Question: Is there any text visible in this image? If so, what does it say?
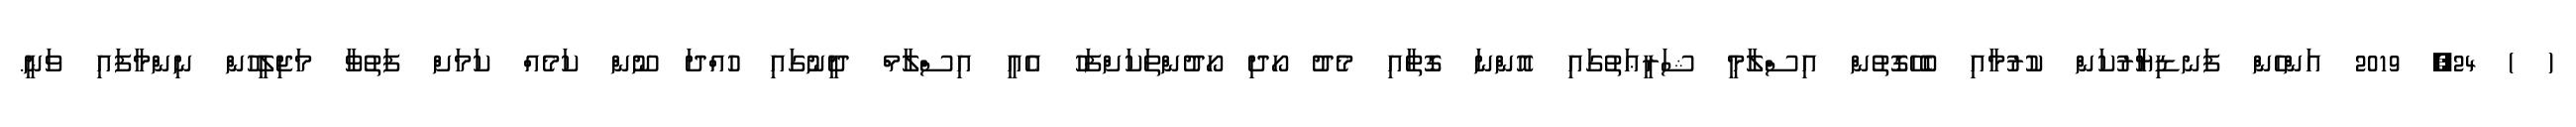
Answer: ( ) 24, 2019 އަންހެން ފަނޑިޔާރުކަން ކުރުމާއި ބެހޭގޮތުން އިސްލާމީ ޝަރީޢަތުގައި އޮންނަ ގޮތާއި މެދު ހޯދި ހޯދުންތަކަށްފަހު އެއީ އިސްލާމް ދީނުގައި ހުއްދަ ނޫން ކަމެއް ކަމަށް ފަތުވާ މަޖިލީހުން ނިންމާފައި ވަނީ.